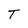
Character: T